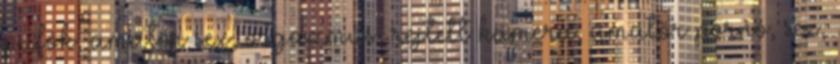
pufók, amatőr sex, orgazmus, rejtett kamera, amatőr pornó, sex,